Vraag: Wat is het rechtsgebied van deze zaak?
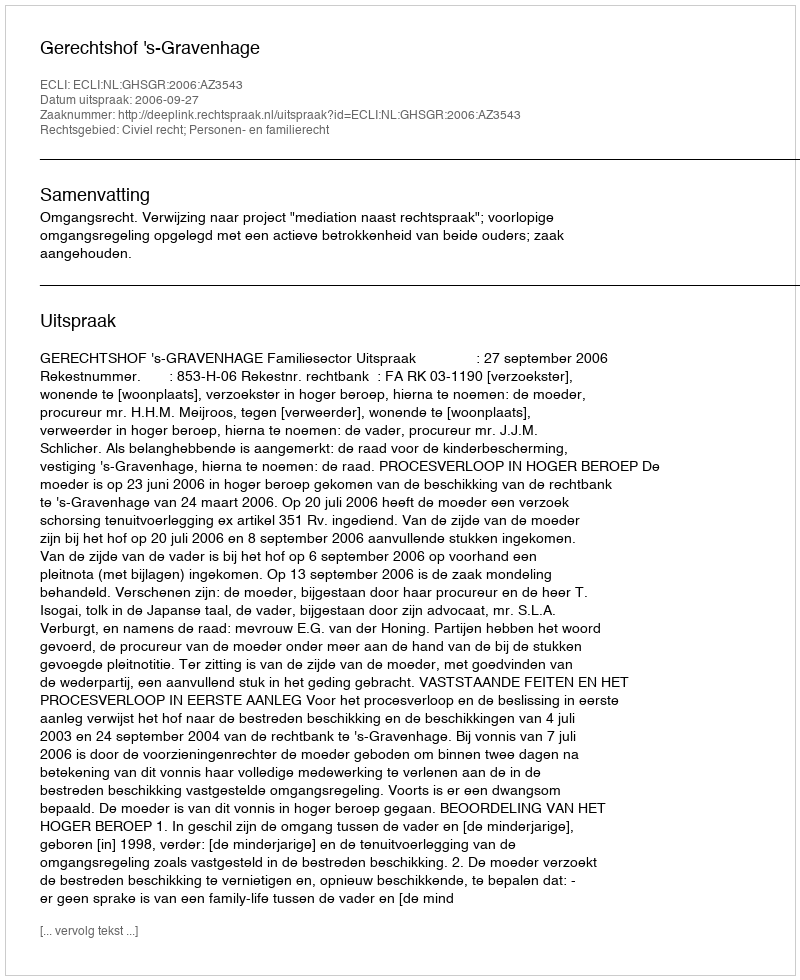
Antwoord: Civiel recht; Personen- en familierecht